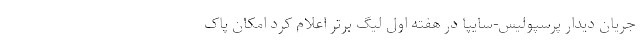
جریان دیدار پرسپولیس-سایپا در هفته اول لیگ برتر اعلام کرد امکان پاک